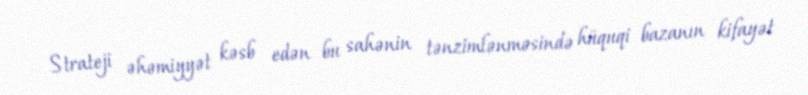
Strateji əhəmiyyət kəsb edən bu sahənin tənzimlənməsində hüquqi bazanın kifayət